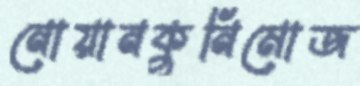
নোয়ানকুনিমোজ